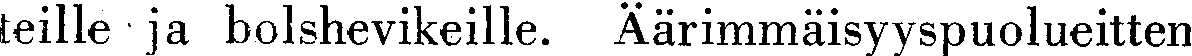
teille ja bolshevikeille. Äärimmäisyyspuolueitten